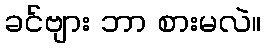
ခင်ဗျား ဘာ စားမလဲ။